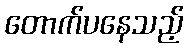
တောက်ပနေသည့်